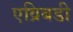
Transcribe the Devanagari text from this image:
एव्रिबडी